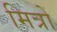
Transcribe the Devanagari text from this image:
मित्रों